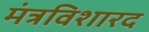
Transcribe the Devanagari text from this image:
मंत्रविशारद